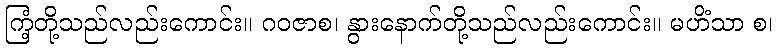
ကြံ့တို့သည်လည်းကောင်း။ ဂဝဇာစ၊ နွားနောက်တို့သည်လည်းကောင်း။ မဟိံသာ စ၊